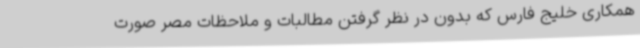
همکاری خلیج فارس که بدون در نظر گرفتن مطالبات و ملاحظات مصر صورت